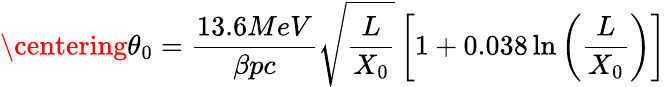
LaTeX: \centering\theta_{0}=\frac{13.6MeV}{\beta pc}\sqrt{\frac{L}{X_{0}}}\left[1+0.038\ln\left(\frac{L}{X_{0}}\right)\right]